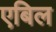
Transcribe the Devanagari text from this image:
एबिल